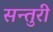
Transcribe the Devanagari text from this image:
सन्तुरी